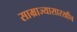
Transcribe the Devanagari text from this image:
साम्राज्यासारखीच